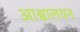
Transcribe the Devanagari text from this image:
आश्वालयन